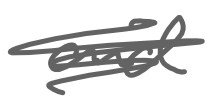
Text: and
Cross-out: scratch
Writing tool: digital_gray